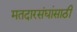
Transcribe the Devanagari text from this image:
मतदारसंघांसाठी